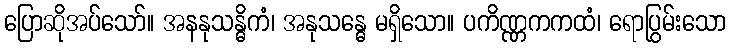
ပြောဆိုအပ်သော်။ အနနုသန္ဓိကံ၊ အနုသန္ဓေ မရှိသော။ ပကိဏ္ဏကကထံ၊ ရောပြွမ်းသော